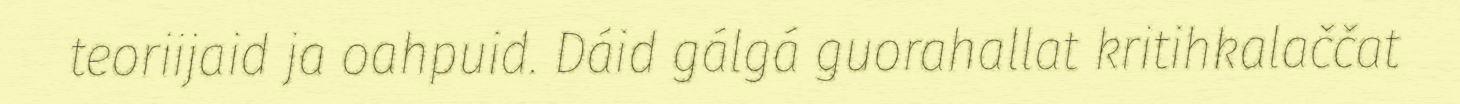
teoriijaid ja oahpuid. Dáid gálgá guorahallat kritihkalaččat